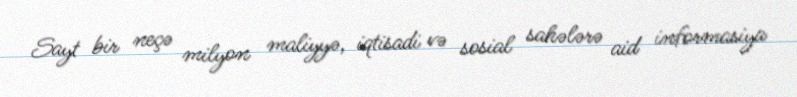
Sayt bir neçə milyon maliyyə, iqtisadi və sosial sahələrə aid informasiya